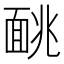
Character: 𫖁